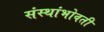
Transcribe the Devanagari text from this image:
संस्थांभोवती